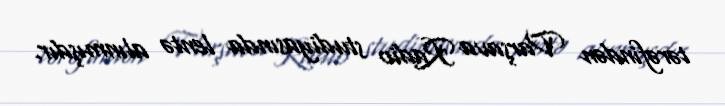
tərəfindən Varşava Radio studiyasında lentə alınmışdır.